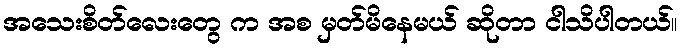
အသေးစိတ်လေးတွေ က အစ မှတ်မိနေမယ် ဆိုတာ ငါသိပါတယ်။